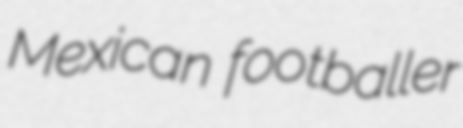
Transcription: Mexican footballer